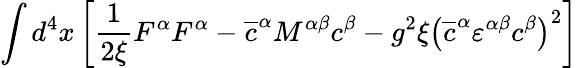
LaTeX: \int d^{4}x\left[\frac{1}{2\xi}F^{\alpha}F^{\alpha}-\overline{{{c}}}^{\alpha}M^{\alpha\beta}c^{\beta}-g^{2}\xi\left(\overline{{{c}}}^{\alpha}\varepsilon^{\alpha\beta}c^{\beta}\right)^{2}\right]